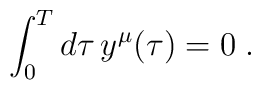
\int_0^T d\tau\,y^\mu(\tau)=0\;.